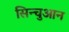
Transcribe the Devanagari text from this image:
सिन्चुआन